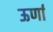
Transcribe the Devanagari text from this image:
ऊर्णा